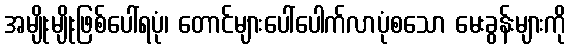
အမျိုးမျိုးဖြစ်ပေါ်ရပုံ၊ တောင်များပေါ်ပေါက်လာပုံစသော မေးခွန်းများကို